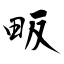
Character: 畈